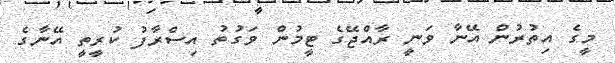
މީގެ އިތުރުން އޭނާ ވަނީ ރާއްޖޭގެ ޓީމުން ވަގުތު އިސްރާފު ކުރީތީ އޭނާގެ